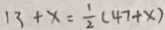
1 3 + x = \frac { 1 } { 2 } ( 4 7 + x )